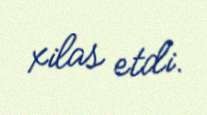
xilas etdi.